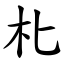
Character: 朼